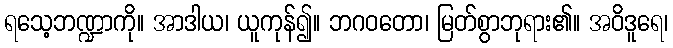
ရသေ့ဘဏ္ဍာကို။ အာဒါယ၊ ယူကုန်၍။ ဘဂဝတော၊ မြတ်စွာဘုရား၏။ အဝိဒူရေ၊